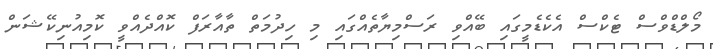
މޯލްޑްވްސް ޓެކްސް އެކެޑެމީގައި ބޭއްވި ރަސްމިޔާތެއްގައި މި ހިދުމަތް ތާއާރަފް ކޮއްދެއްވީ ކޮމިއުނިކޭޝަން